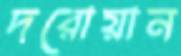
দরোয়ান